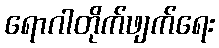
ရောဂါတိုက်ဖျက်ရေး